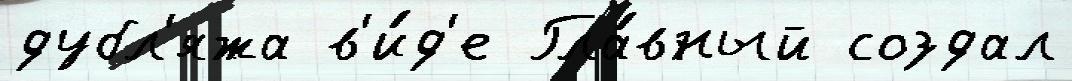
дубл'яжа в'и́д'е Гла́вный создал